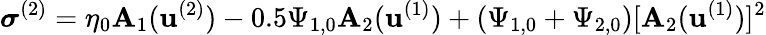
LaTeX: \boldsymbol{\sigma}^{(2)}=\eta_{0}\mathbf{A}_{1}(\mathbf{u}^{(2)})-0.5\Psi_{1,0}\mathbf{A}_{2}(\mathbf{u}^{(1)})+(\Psi_{1,0}+\Psi_{2,0})[\mathbf{A}_{2}(\mathbf{u}^{(1)})]^{2}